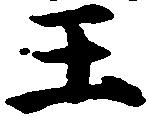
王